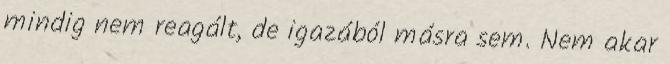
mindig nem reagált, de igazából másra sem. Nem akar